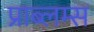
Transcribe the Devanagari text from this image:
प्राब्लम्स